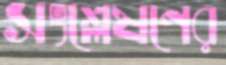
সংশ্লেষণের